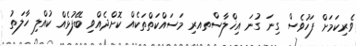
ވެރިކަމަށް ފަހުވެސް ގިނަ ގުނަ އިޚްލާސްތއރި މަސައްކަތްތަކެއް ކޮށްދެއްވި ބޭފުޅެއް ކުއްލި ހާލަތު